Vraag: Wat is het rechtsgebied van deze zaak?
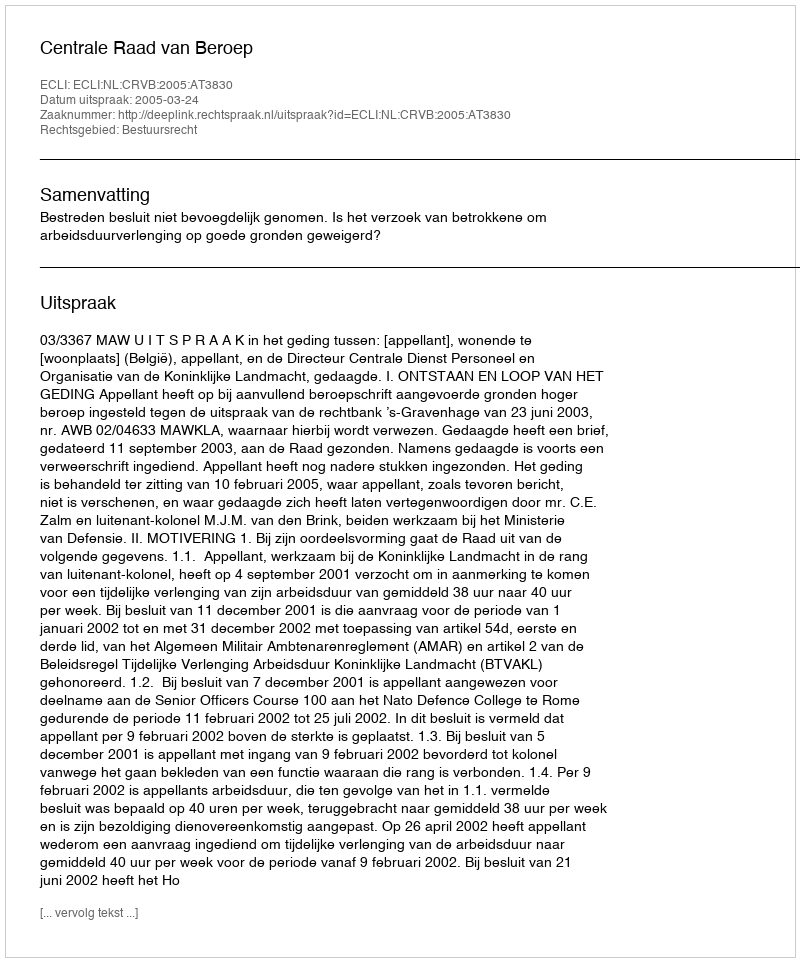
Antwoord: Bestuursrecht